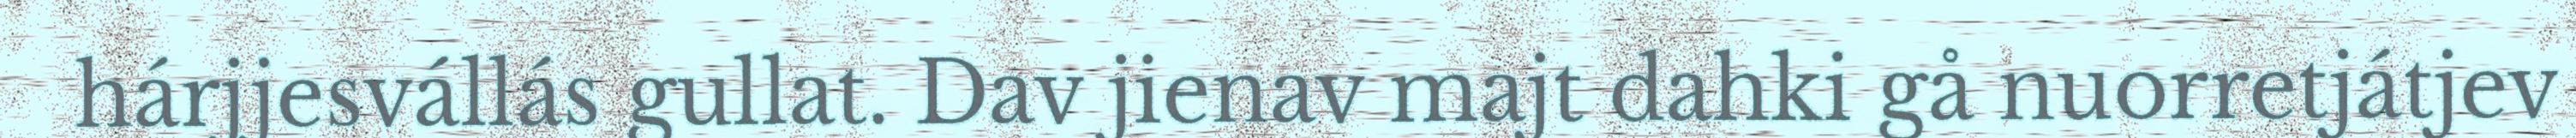
hárjjesvállás gullat. Dav jienav majt dahki gå nuorretjátjev